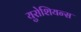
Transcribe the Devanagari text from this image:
युरोशियन्स